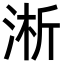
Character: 淅